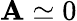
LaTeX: \mathbf{A}\simeq0